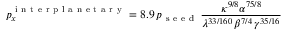
p _ { x } ^ { \mathrm { ~ i ~ n ~ t ~ e ~ r ~ p ~ l ~ a ~ n ~ e ~ t ~ a ~ r ~ y ~ } } = 8 . 9 \, p _ { \mathrm { ~ s ~ e ~ e ~ d ~ } } \, \frac { \kappa ^ { 9 / 8 } \alpha ^ { 7 5 / 8 } } { \lambda ^ { 3 3 / 1 6 0 } \, \beta ^ { 7 / 4 } \, \gamma ^ { 3 5 / 1 6 } }